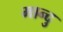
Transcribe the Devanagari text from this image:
मान्दु